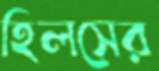
হিলসের